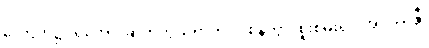
လောက၌။ ရဟော၊ ဆိတ်ကွယ်ရာကို။ ဝိစိနိတွာ၊ စူးစမ်း၍။ အပဿန္တီ၊